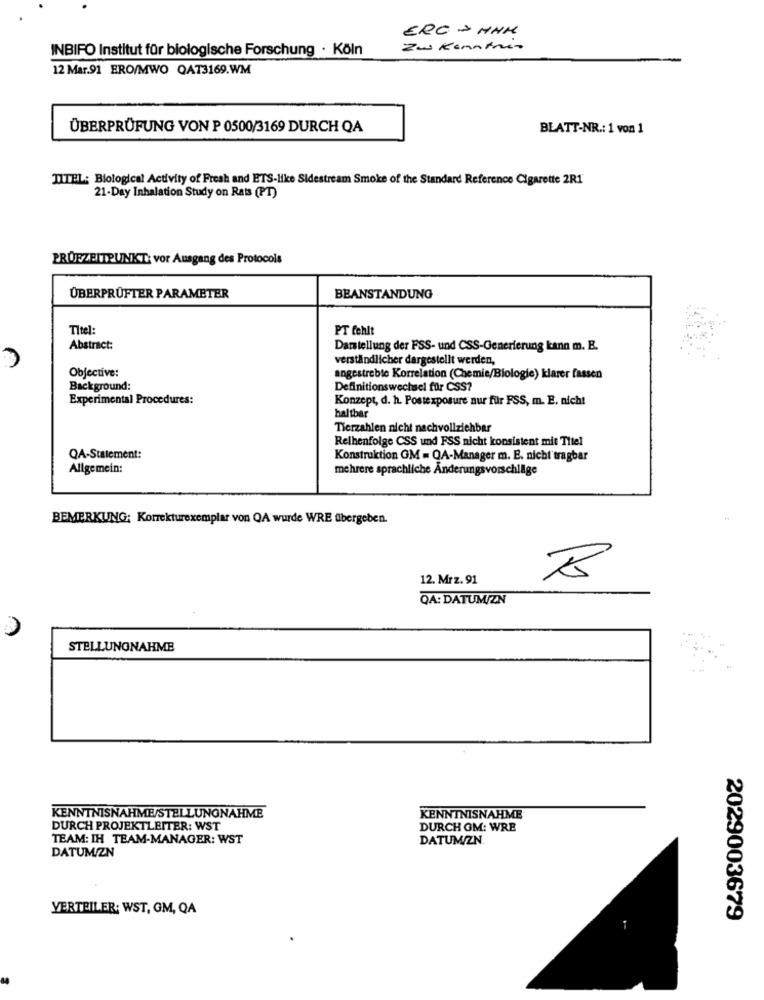
ERC - HHH
INBIFO Institut für biologische Forschung · Köln
Zu Kenntnis
12 Mar.91 ERO/MWO QAT3169.WM
ÜBERPRÜFUNG VON P 0500/3169 DURCH QA
BLATT-NR .: 1 von 1
TITEL: Biological Activity of Fresh and ETS-like Sidestream Smoke of the Standard Reference Cigarette 2R1
21-Day Inhalation Study on Rats (PT)
PRUEZEITPUNKT: vor Ausgang des Protocols
ÜBERPRÜFTER PARAMETER
BEANSTANDUNG
Titel:
PT fehlt
Abstract:
Darstellung der FSS- und CSS-Generierung kann m. E.
verständlicher dargestellt werden,
Objective:
angestrebte Korrelation (Chemie/Biologie) klarer fassen
Background:
Definitionswechsel für CSS?
Experimental Procedures:
Konzept, d. h. Postexposure nur für FSS, m. E. nich!
haltbar
Tierzahlen nicht nachvollziehbar
Reihenfolge CSS und FSS nicht konsistent mit Titel
QA-Statement:
Konstruktion GM = QA-Manager m. E. nicht tragbar
Allgemein:
mehrere sprachliche Änderungsvorschläge
BEMERKUNG; Korrekturexemplar von QA wurde WRE übergeben.
12. Mrz. 91
QA: DATUM/ZN
STELLUNGNAHME
KENNTNISNAHME/STELLUNGNAHME
KENNTNISNAHME
DURCH PROJEKTLEITER: WST
DURCH OM: WRE
TEAM: IH TEAM-MANAGER: WST
DATUM/ZN
DATUM/ZN
VERTEILER: WST, GM, QA
2029003679